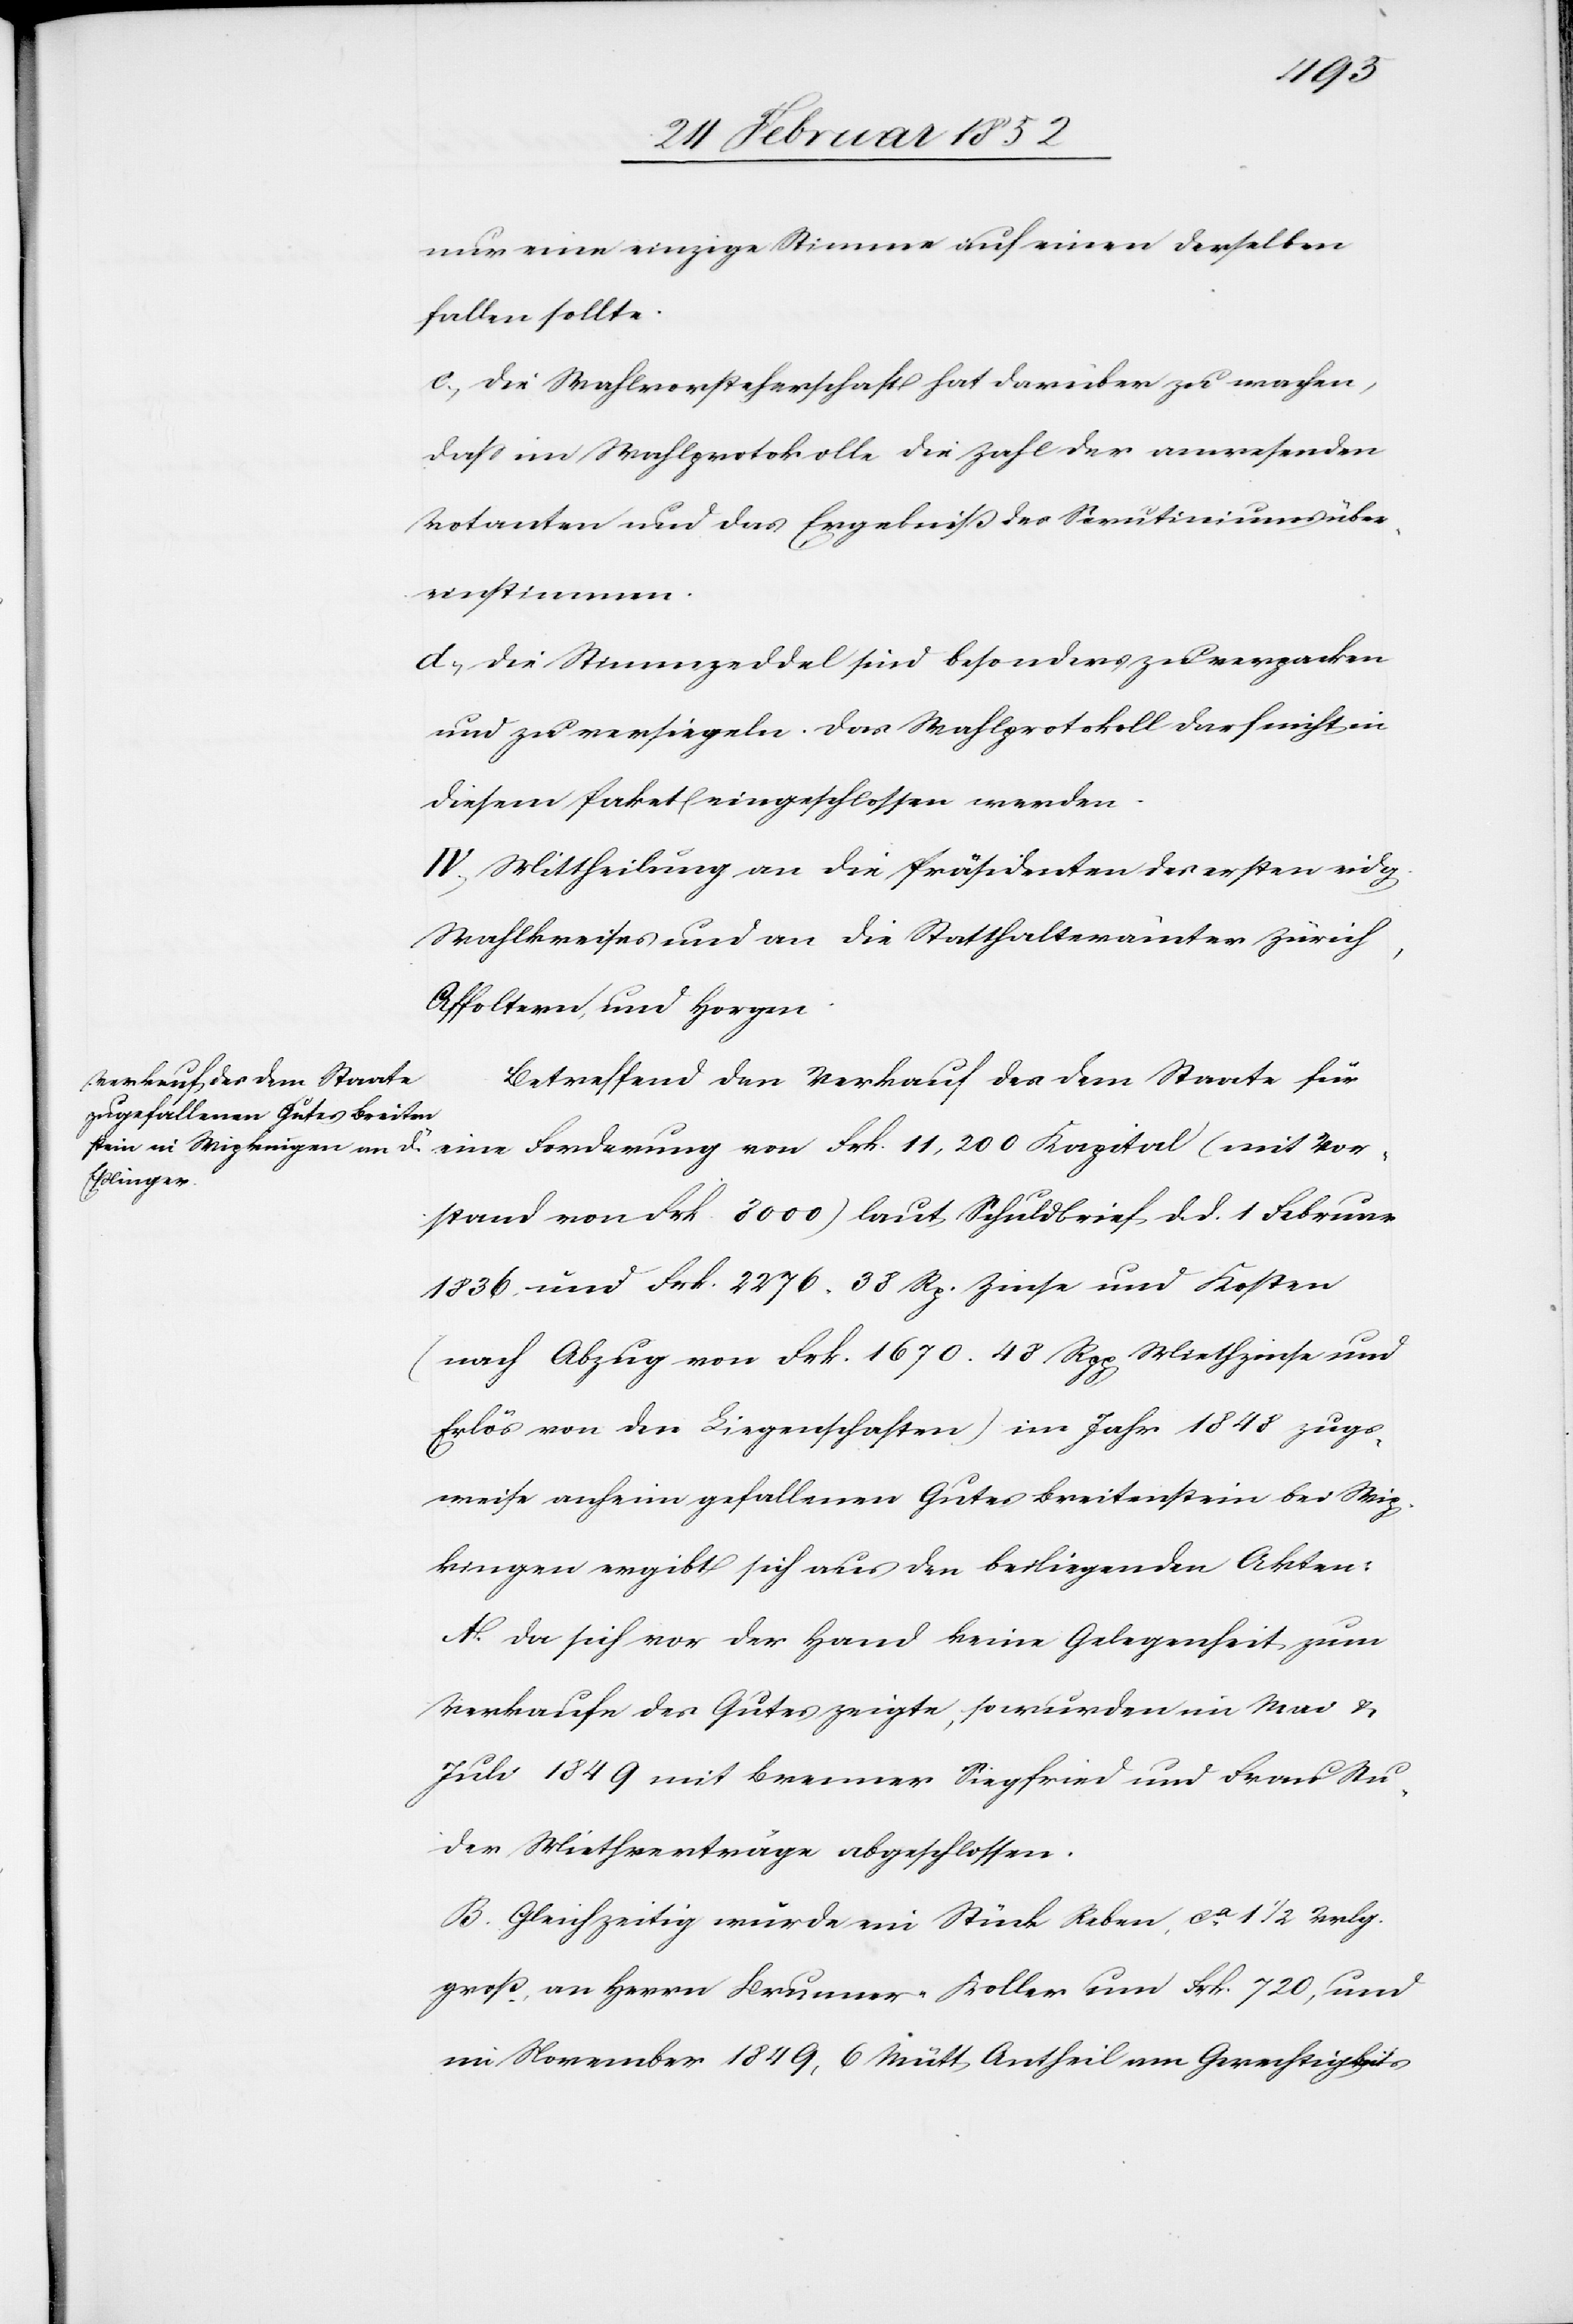
den
26 Februar 1852.]
nur eine einzige Stimme auf einen derselben
fallen sollte.
c.) Die Wahlvorsteherschaft hat darüber zu wachen,
daß im Wahlprotokolle die Zahl der anwesenden
Votanten und das Ergebniß des Scrutiniums über¬
einstimmen.
d.) Die Stimmzeddel sind besonders zu verpacken
und zu versiegeln. Das Wahlprotokoll darf nicht in
diesem Paket eingeschlossen werden.
IV.) Mittheilung an die Präsidenten es ersten eidg.
Wahlkreises und an die Statthalterämter Zürich,
Affoltern, und Horgen.
Betreffend den Verkauf des dem Staate für
eine Forderung von Frk. 11,200 Kapital (mit Vor¬
stand von Frk. 3000) laut Schuldbrief d. d. 1 Februar
1836. und Frk. 2276. 38 Rp. Zinse und Kosten
(nach Abzug von Frk. 1670. 48 Rpp Miethzinse und
Erlös von der Liegenschaften) im Jahr 1848 zugs¬
weise anheim gefallenen Gutes Breitenstein bei Wip¬
kingen ergibt sich aus den beiliegenden Akten:
A. Da sich vor der Hand keine Gelegenheit zum
Verkaufe des Gutes zeigte, so wurden im Mai u.
Juli 1849 mit Brunner Siegfried und Frau Stu¬
der Miethverträge abgeschlossen.
B. Gleichzeitig wurde ein Stück Reben, ca 1 1/2 Vrlg.
groß an Herrn Brunner-Koller um Frk. 720, und
im November 1849, 6 Mütt Antheil am Gerechtigkeits-